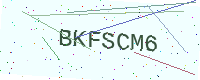
Text: BKFSCM6